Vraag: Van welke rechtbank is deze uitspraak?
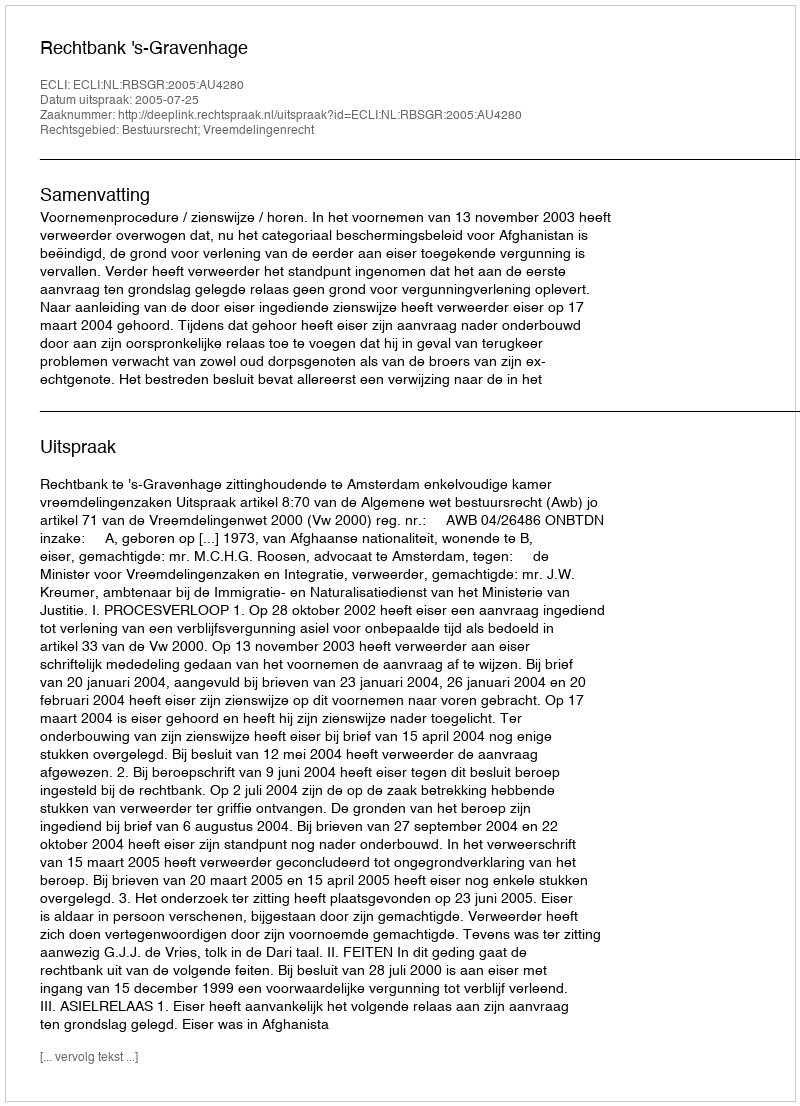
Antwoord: Rechtbank 's-Gravenhage